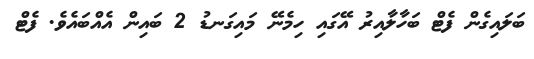
ބަލައިގެން ފެޓް ބަހާލާއިރު އޭގައި ހިމެނޭ މައިގަނޑު 2 ބައިން އެއްބައެވެ. ފެޓް